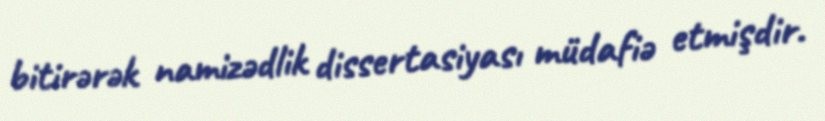
bitirərək namizədlik dissertasiyası müdafiə etmişdir.